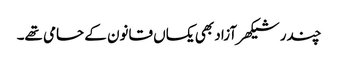
چندر شیکھر آزاد بھی یکساں قانون کے حامی تھے۔